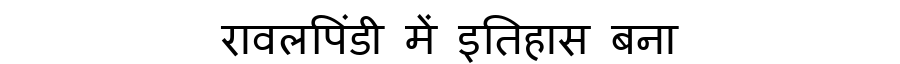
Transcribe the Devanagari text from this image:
रावलपिंडी में इतिहास बना